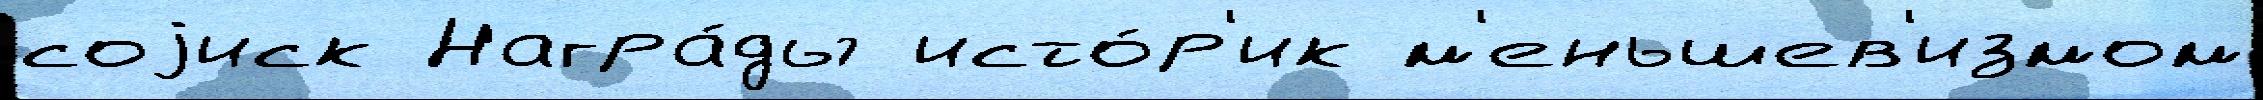
соjиск Награ́ды исто́р'ик м'еньшев'измом